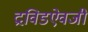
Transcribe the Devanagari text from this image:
द्रविडऐवजी